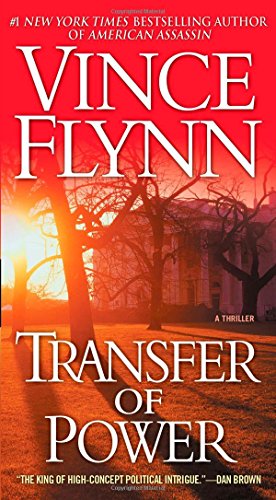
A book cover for Transfer of Power (The Mitch Rapp Series); Vince Flynn; Mystery, Thriller & Suspense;